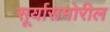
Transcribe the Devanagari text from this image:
सूर्यासमोरील